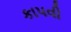
કાપવી